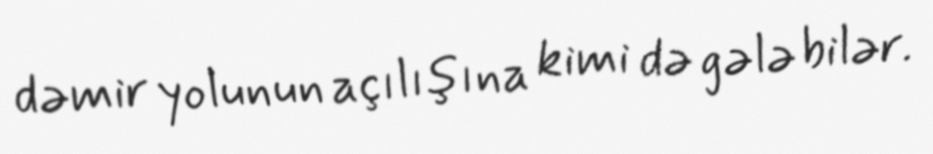
dəmir yolunun açılışına kimi də gələ bilər.